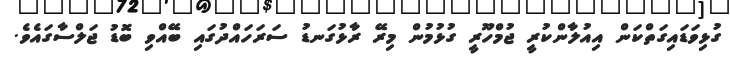
ގުޅިވަޑައިގަތްކަން އިއުލާންކުރީ ޖުމްހޫރީ ގުޅުމުން މިރޭ ރާޅުގަނޑު ސަރަހައްދުގައި ބޭއްވި ބޮޑު ޖަލްސާގައެވެ.